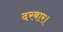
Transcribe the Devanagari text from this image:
दरबार।